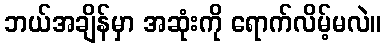
ဘယ်အချိန်မှာ အဆုံးကို ရောက်လိမ့်မလဲ။